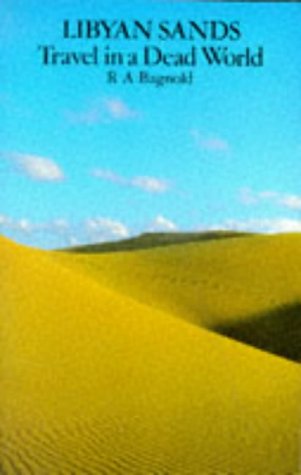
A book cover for Libyan sands: Travel in a Dead World; R.A. Bagnold; Travel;